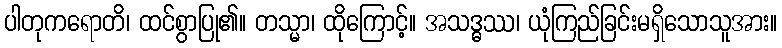
ပါတုကရောတိ၊ ထင်စွာပြု၏။ တသ္မာ၊ ထိုကြောင့်။ အသဒ္ဓဿ၊ ယုံကြည်ခြင်းမရှိသောသူအား။